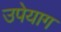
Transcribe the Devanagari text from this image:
उपेयाग